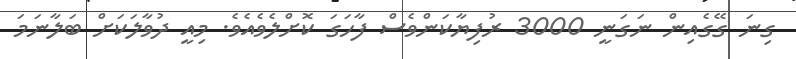
ގިނަ ގޭގެއިން ނަގަނީ 3000 ރުފިޔާކަންވެސް ފާހަގަ ކޮށްލެވެއެވެ. މިއީ ދުވާލަކަށް ބަލާނަމަ